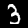
Digit: 3